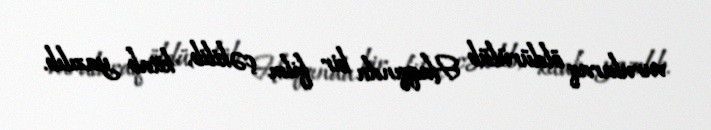
vurularaq öldürülüb Haqqında bir film çəkilib, kitab yazılıb.